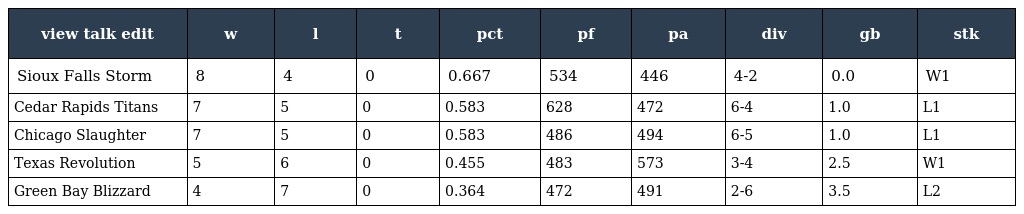
| view talk edit | w | l | t | pct | pf | pa | div | gb | stk |
 | --- | --- | --- | --- | --- | --- | --- | --- | --- | --- |
 | Sioux Falls Storm | 8 | 4 | 0 | 0.667 | 534 | 446 | 4-2 | 0.0 | W1 |
 | Cedar Rapids Titans | 7 | 5 | 0 | 0.583 | 628 | 472 | 6-4 | 1.0 | L1 |
 | Chicago Slaughter | 7 | 5 | 0 | 0.583 | 486 | 494 | 6-5 | 1.0 | L1 |
 | Texas Revolution | 5 | 6 | 0 | 0.455 | 483 | 573 | 3-4 | 2.5 | W1 |
 | Green Bay Blizzard | 4 | 7 | 0 | 0.364 | 472 | 491 | 2-6 | 3.5 | L2 |